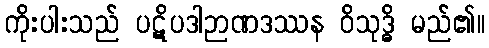
ကိုးပါးသည် ပဋိပဒါဉာဏဒဿန ဝိသုဒ္ဓိ မည်၏။